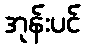
အုန်းပင်